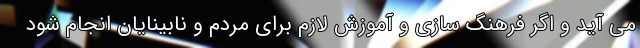
می آید و اگر فرهنگ سازی و آموزش لازم برای مردم و نابینایان انجام شود